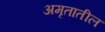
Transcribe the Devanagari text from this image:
अमृतातील